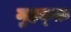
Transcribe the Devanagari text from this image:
मुहक्क़